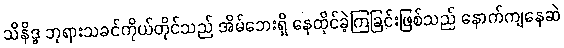
သိနိဒ္ဓ ဘုရားသခင်ကိုယ်တိုင်သည် အိမ်ဘေးရှိ နေထိုင်ခဲ့ကြခြင်းဖြစ်သည် နောက်ကျနေဆဲ